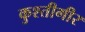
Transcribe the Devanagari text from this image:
कुश्तीगीर